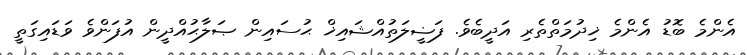
އެންމެ ބޮޑު އެންމެ ޚިދުމަތްތެރި އަދީބެވެ. ފަޟީލަތުއްޝައިޚް ޙުސައިން ޞަލާޙުއްދީން އުފަންވެ ވަޑައިގަތީ